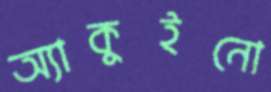
অ্যাকুইনো